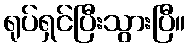
ရုပ်ရှင်ပြီးသွားပြီ။